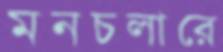
মনচলারে